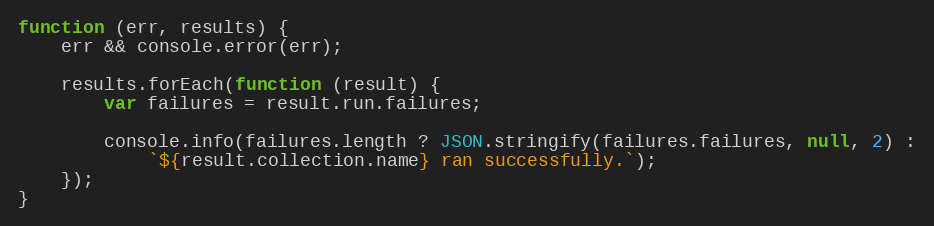
Language: JavaScript
function (err, results) {
    err && console.error(err);

    results.forEach(function (result) {
        var failures = result.run.failures;

        console.info(failures.length ? JSON.stringify(failures.failures, null, 2) :
            `${result.collection.name} ran successfully.`);
    });
}